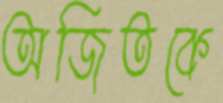
অজিতকে